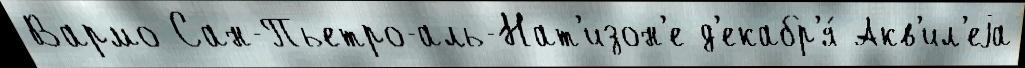
Вармо Сан-Пьетро-аль-Нат'изон'е д'екабр'я́ Акв'ил'еjа